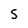
Character: S